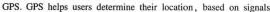
GPS. GPS helps users determine their location,based on signais